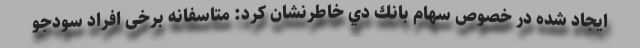
ايجاد شده در خصوص سهام بانك دي خاطرنشان كرد: متاسفانه برخی افراد سودجو